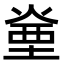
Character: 㷑